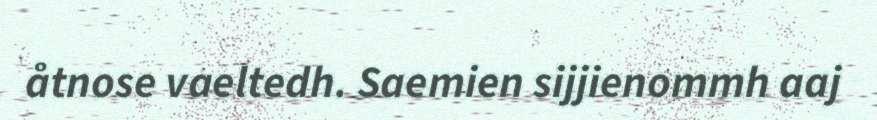
åtnose vaeltedh. Saemien sijjienommh aaj